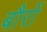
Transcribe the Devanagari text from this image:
बौरों